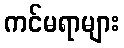
ကင်မရာများ